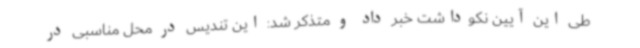
طی این آیین نکوداشت خبر داد و متذکر شد: این تندیس در محل مناسبی در